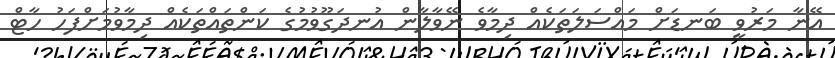
އޭނާ މަރުވީ ބަނޑަށް މައްސަލަތަކެއް ދިމާވެ ނޭވާލާން އުނދަގޫވުމުގެ ކަންތައްތަކެއް ދިމާވުމަށްފަހު ހާޓް